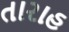
તારાહ